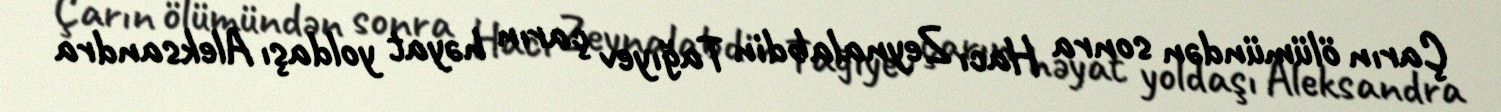
Çarın ölümündən sonra Hacı Zeynalabdin Tağıyev çarın həyat yoldaşı Aleksandra